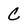
Character: C